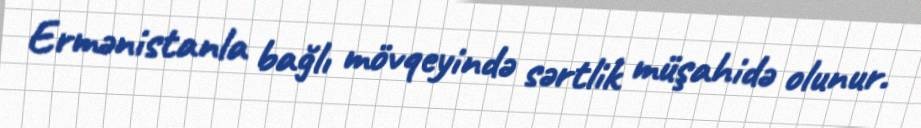
Ermənistanla bağlı mövqeyində sərtlik müşahidə olunur.